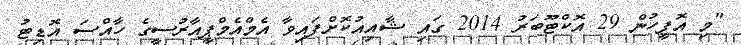
"މި އޮފީހުން 29 އޮކްޓޫބަރު 2014 ގައި ޝާއިއުކޮށްފައިވާ އެމްއެމްޕީއާރުސީގެ ހާއްސަ އޮޑިޓު